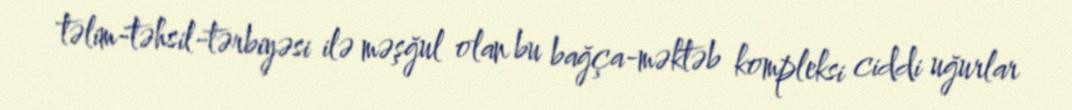
təlim-təhsil-tərbiyəsi ilə məşğul olan bu bağça-məktəb kompleksi ciddi uğurlar